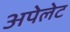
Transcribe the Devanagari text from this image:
अपेलेट